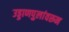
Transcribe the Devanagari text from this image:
उड्डाणपुलांवरून